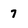
Character: 7